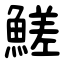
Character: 䱹